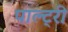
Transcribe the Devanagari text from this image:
पाल्ट्री